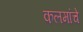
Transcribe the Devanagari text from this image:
कलमांचे